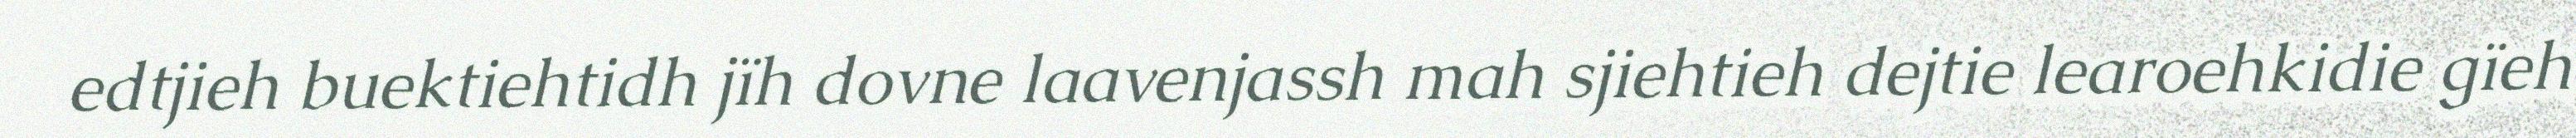
edtjieh buektiehtidh jïh dovne laavenjassh mah sjiehtieh dejtie learoehkidie gïeh